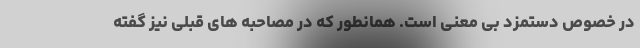
در خصوص دستمزد بی معنی است. همانطور که در مصاحبه های قبلی نیز گفته